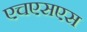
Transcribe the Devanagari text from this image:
एचएसएस